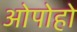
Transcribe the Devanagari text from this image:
ओपोहो